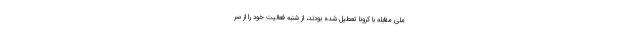
ملی مقابله با کرونا تعطیل شده بودند، از شنبه فعالیت خود را از سر